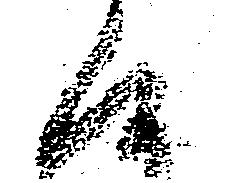
候